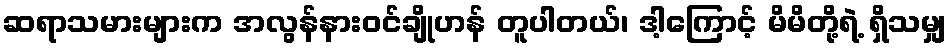
ဆရာသမားများက အလွန်နားဝင်ချိုဟန် တူပါတယ်၊ ဒါ့ကြောင့် မိမိတို့ရဲ့ ရှိသမျှ